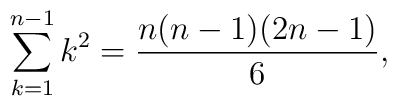
\sum_{k=1}^{n-1} k^{2} = \frac{n(n-1)(2n-1)}{6},